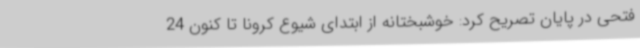
فتحی در پایان تصریح کرد: خوشبختانه از ابتدای شیوع کرونا تا کنون 24